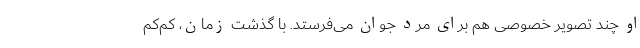
او چند تصویر خصوصی هم برای مرد جوان می‌فرستد. با گذشت زمان، کم‌کم